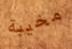
مخيبة